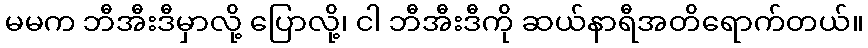
မမက ဘီအီးဒီမှာလို့ ပြောလို့၊ ငါ ဘီအီးဒီကို ဆယ်နာရီအတိရောက်တယ်။